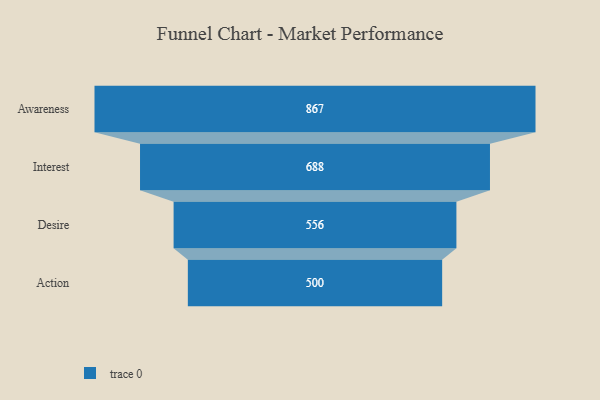
{"axis": {"x": "Stage", "y": "Value"}, "legend": [""], "data": [{"x": "Awareness", "y": 867.0, "type": ""}, {"x": "Interest", "y": 688.0, "type": ""}, {"x": "Desire", "y": 556.0, "type": ""}, {"x": "Action", "y": 500, "type": ""}]}